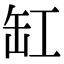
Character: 缸